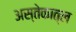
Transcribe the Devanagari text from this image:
अस्तेकात्ल